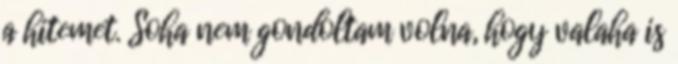
a hitemet. Soha nem gondoltam volna, hogy valaha is